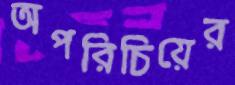
অপরিচিয়ের